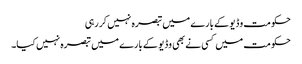
حکومت وڈیو کے بارے میں تبصرہ نہیں کررہی
حکومت میں کسی نے بھی وڈیو کے بارے میں تبصرہ نہیں کیا۔